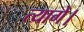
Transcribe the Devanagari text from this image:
त्यागे।